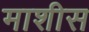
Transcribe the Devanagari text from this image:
माशीस